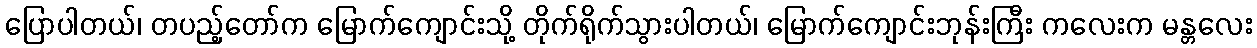
ပြောပါတယ်၊ တပည့်တော်က မြောက်ကျောင်းသို့ တိုက်ရိုက်သွားပါတယ်၊ မြောက်ကျောင်းဘုန်းကြီး ကလေးက မန္တလေး